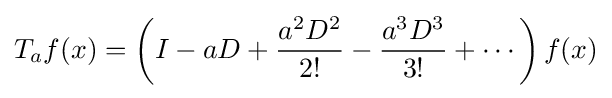
T_{a}f(x)=\left(I-aD+{a^{2}D^{2} \over 2!}-{a^{3}D^{3} \over 3!}+\cdots \right)f(x)